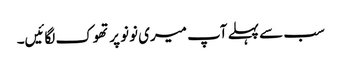
سب سے پہلے آپ میری نونو پر تھوک لگائیں۔